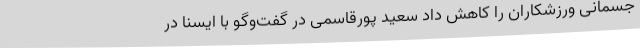
جسمانی ورزشکاران را کاهش داد سعید پورقاسمی در گفت‌وگو با ایسنا در